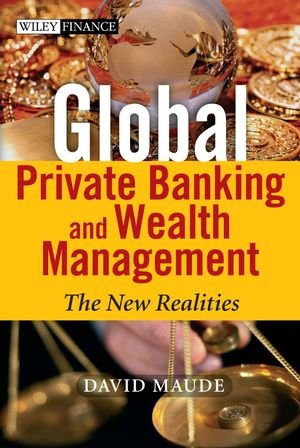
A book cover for Global Private Banking and Wealth Management: The New Realities; David Maude; Business & Money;